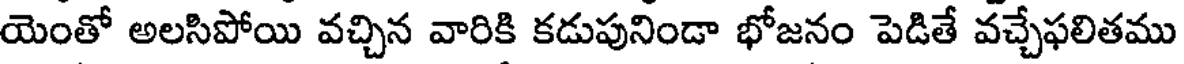
యెంతో అలసిపోయి వచ్చిన వారికి కడుపునిండా భోజనం పెడితే వచ్చేఫలితము